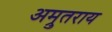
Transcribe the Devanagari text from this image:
अम्रुतराय